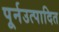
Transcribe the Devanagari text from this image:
पूर्नउत्पादित